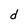
Character: d